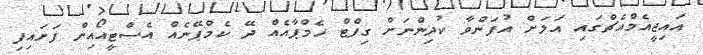
އައިޖީއެމްއެޗްގައި އަލަށް އުފަންވާ ކުދިންނަށް ގިފްޓް ހެމްޕާއެއް ދޭ ކެމްޕޭނެއް އެސްޓީއޯއިން ފަށައިފި